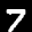
Label: 7